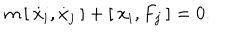
m \, [ \: \dot { x } _ { i } , \dot { x } _ { j } \: ] + [ \: x _ { i } , F _ { j } \: ] = 0 .